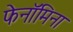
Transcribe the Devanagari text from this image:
फेनॉमिना